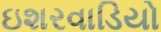
ઇશરવાડિયો